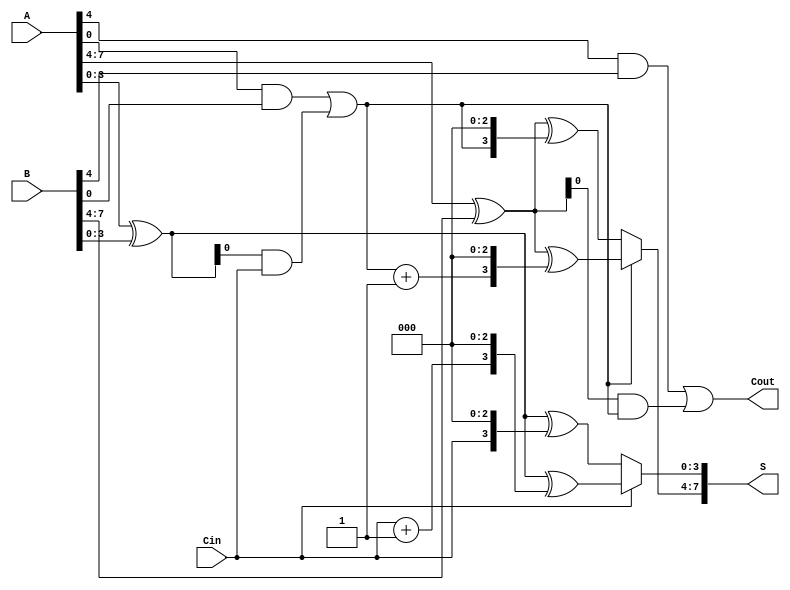
module carry_select_adder #(parameter n = 8, parameter m = 4) (
    input [n-1:0] A,              // First n-bit input
    input [n-1:0] B,              // Second n-bit input
    input Cin,                    // Carry-in
    output [n-1:0] S,             // Sum output
    output Cout                   // Carry-out
);

    wire [n/m:0] C;                // Carry for each segment
    wire [n-1:0] S0, S1;           // Sum outputs; S0 for Cin=0, S1 for Cin=1
    wire [n/m-1:0] G, P;           // Generate and Propagate signals

    // Carry Lookahead Logic
    genvar i;
    generate
        for (i = 0; i <= n/m; i = i + 1) begin : carry_gen
            if (i == 0) begin
                assign C[i] = Cin;  // First carry is the carry-in
            end else begin
                assign C[i] = G[i-1] | (P[i-1] & C[i-1]);
            end
        end
    endgenerate

    // Generate and Propagate for each segment
    generate
        for (i = 0; i < n/m; i = i + 1) begin : seg
            wire [m-1:0] A_seg = A[i*m +: m];
            wire [m-1:0] B_seg = B[i*m +: m];
            
            // Generate and Propagate for the current segment
            assign G[i] = A_seg & B_seg;
            assign P[i] = A_seg ^ B_seg;

            // Calculate sum for both cases (Cin=0 and Cin=1)
            assign S0[i*m +: m] = A_seg ^ B_seg ^ {C[i], {m-1{1'b0}}};
            assign S1[i*m +: m] = A_seg ^ B_seg ^ {C[i]+1'b1, {m-1{1'b0}}}; // increment carry-in by 1
        end
    endgenerate

    // Final Sum Calculation
    generate
        for (i = 0; i < n/m; i = i + 1) begin : final_sum
            assign S[i*m +: m] = C[i] ? S1[i*m +: m] : S0[i*m +: m];
        end
    endgenerate

    // Final Carry-Out
    assign Cout = C[n/m];

endmodule